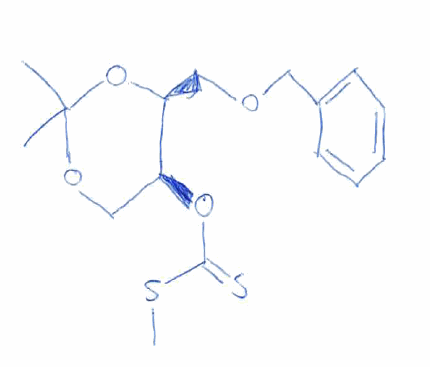
Simplified molecular-input line-entry system (SMILES) notation of the given molecule:
CC1(OC[C@@H]([C@@H](O1)COCC2=CC=CC=C2)OC(=S)SC)C